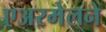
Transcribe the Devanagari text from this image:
एअरमेलने